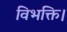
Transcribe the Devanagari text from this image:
विभक्ति।